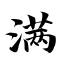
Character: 满